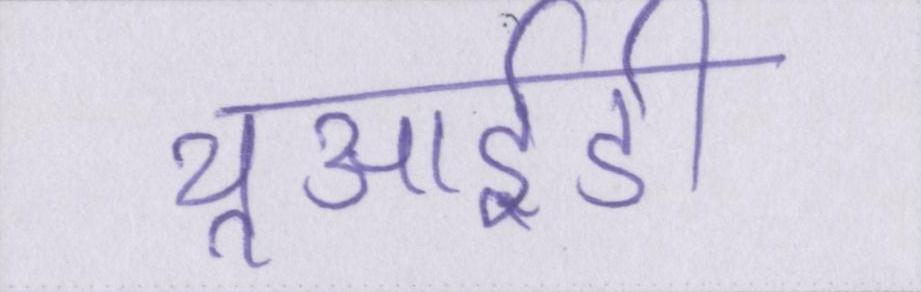
यूआईडी